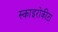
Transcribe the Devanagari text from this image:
स्काइरोकीटा